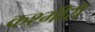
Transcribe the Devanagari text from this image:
कश्‍मीरी